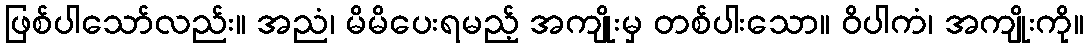
ဖြစ်ပါသော်လည်း။ အညံ၊ မိမိပေးရမည့် အကျိုးမှ တစ်ပါးသော။ ဝိပါကံ၊ အကျိုးကို။